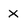
Character: X